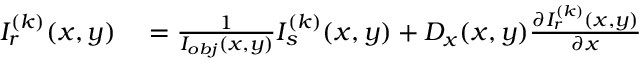
\begin{array} { r l } { I _ { r } ^ { ( k ) } ( x , y ) } & { { } = \frac { 1 } { I _ { o b j } ( x , y ) } I _ { s } ^ { ( k ) } ( x , y ) + D _ { x } ( x , y ) \frac { \partial I _ { r } ^ { ( k ) } ( x , y ) } { \partial x } } \end{array}